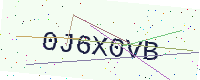
Text: 0J6X0VB